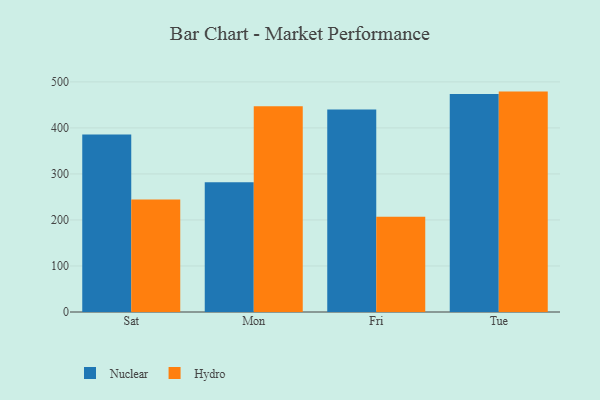
{"axis": {"x": "Day", "y": "Tickets Resolved"}, "legend": ["Hydro", "Nuclear"], "data": [{"x": "Sat", "y": 385.6, "type": "Nuclear"}, {"x": "Sat", "y": 244.4, "type": "Hydro"}, {"x": "Mon", "y": 282.0, "type": "Nuclear"}, {"x": "Mon", "y": 446.8, "type": "Hydro"}, {"x": "Fri", "y": 440.0, "type": "Nuclear"}, {"x": "Fri", "y": 207.1, "type": "Hydro"}, {"x": "Tue", "y": 473.5, "type": "Nuclear"}, {"x": "Tue", "y": 478.9, "type": "Hydro"}]}